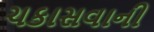
ચકાસવાની